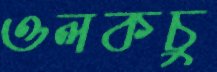
ওলকচু